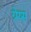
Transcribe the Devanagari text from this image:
ग्रेय्स